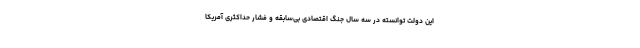
این دولت توانسته در سه سال جنگ اقتصادی بی‌سابقه و فشار حداکثری آمریکا